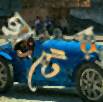
ছাটের